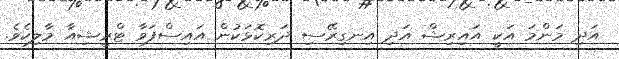
އަދި މަންމަ އަކީ އައިރިޝް އަދި އިނގިރޭސި ދަރިކޮޅަކުން އައިސްފަވާ ޓްރީޝިއާ މާލިކެވެ.